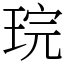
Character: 琓